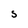
Character: s